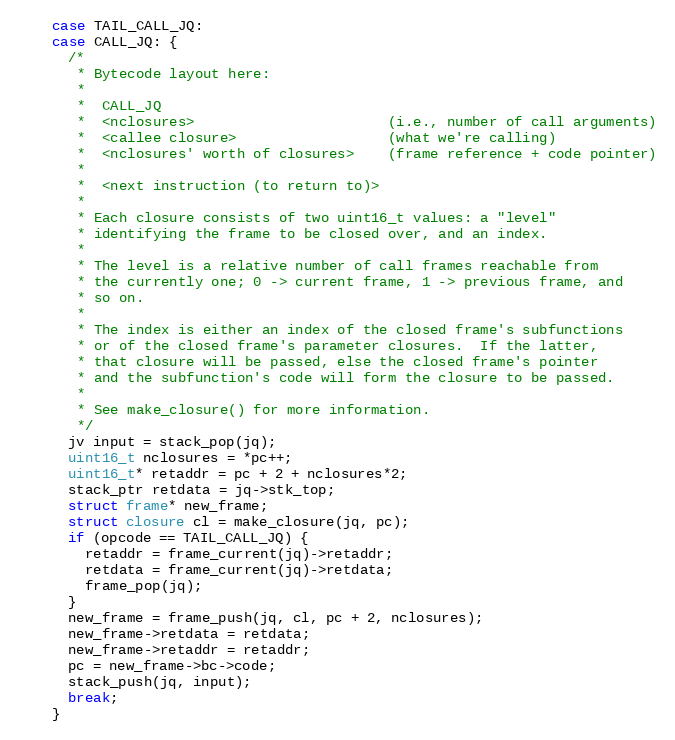
Language: C
    case TAIL_CALL_JQ:
    case CALL_JQ: {
      /*
       * Bytecode layout here:
       *
       *  CALL_JQ
       *  <nclosures>                       (i.e., number of call arguments)
       *  <callee closure>                  (what we're calling)
       *  <nclosures' worth of closures>    (frame reference + code pointer)
       *
       *  <next instruction (to return to)>
       *
       * Each closure consists of two uint16_t values: a "level"
       * identifying the frame to be closed over, and an index.
       *
       * The level is a relative number of call frames reachable from
       * the currently one; 0 -> current frame, 1 -> previous frame, and
       * so on.
       *
       * The index is either an index of the closed frame's subfunctions
       * or of the closed frame's parameter closures.  If the latter,
       * that closure will be passed, else the closed frame's pointer
       * and the subfunction's code will form the closure to be passed.
       *
       * See make_closure() for more information.
       */
      jv input = stack_pop(jq);
      uint16_t nclosures = *pc++;
      uint16_t* retaddr = pc + 2 + nclosures*2;
      stack_ptr retdata = jq->stk_top;
      struct frame* new_frame;
      struct closure cl = make_closure(jq, pc);
      if (opcode == TAIL_CALL_JQ) {
        retaddr = frame_current(jq)->retaddr;
        retdata = frame_current(jq)->retdata;
        frame_pop(jq);
      }
      new_frame = frame_push(jq, cl, pc + 2, nclosures);
      new_frame->retdata = retdata;
      new_frame->retaddr = retaddr;
      pc = new_frame->bc->code;
      stack_push(jq, input);
      break;
    }